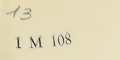
13IM 108